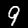
Label: 9